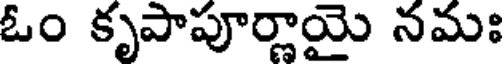
ఓం కృపాపూర్ణాయై నమః